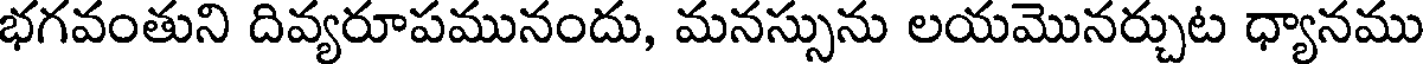
భగవంతుని దివ్యరూపమునందు, మనస్సును లయమొనర్చుట ధ్యానము